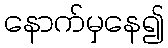
နောက်မှနေ၍